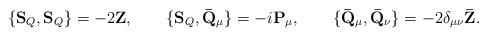
LaTeX: \begin{align*}\{ \mathbf{S}_Q, \mathbf{S}_Q \} = - 2 \mathbf{Z},\qquad\{ \mathbf{S}_Q, \mathbf{\bar{Q}}_\mu \} = - i \mathbf{P}_\mu,\qquad\{ \mathbf{\bar{Q}}_\mu, \mathbf{\bar{Q}}_\nu \} = - 2 \delta_{\mu\nu} \mathbf{\bar{Z}}.\end{align*}